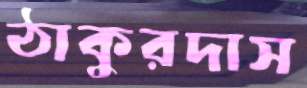
ঠাকুরদাস